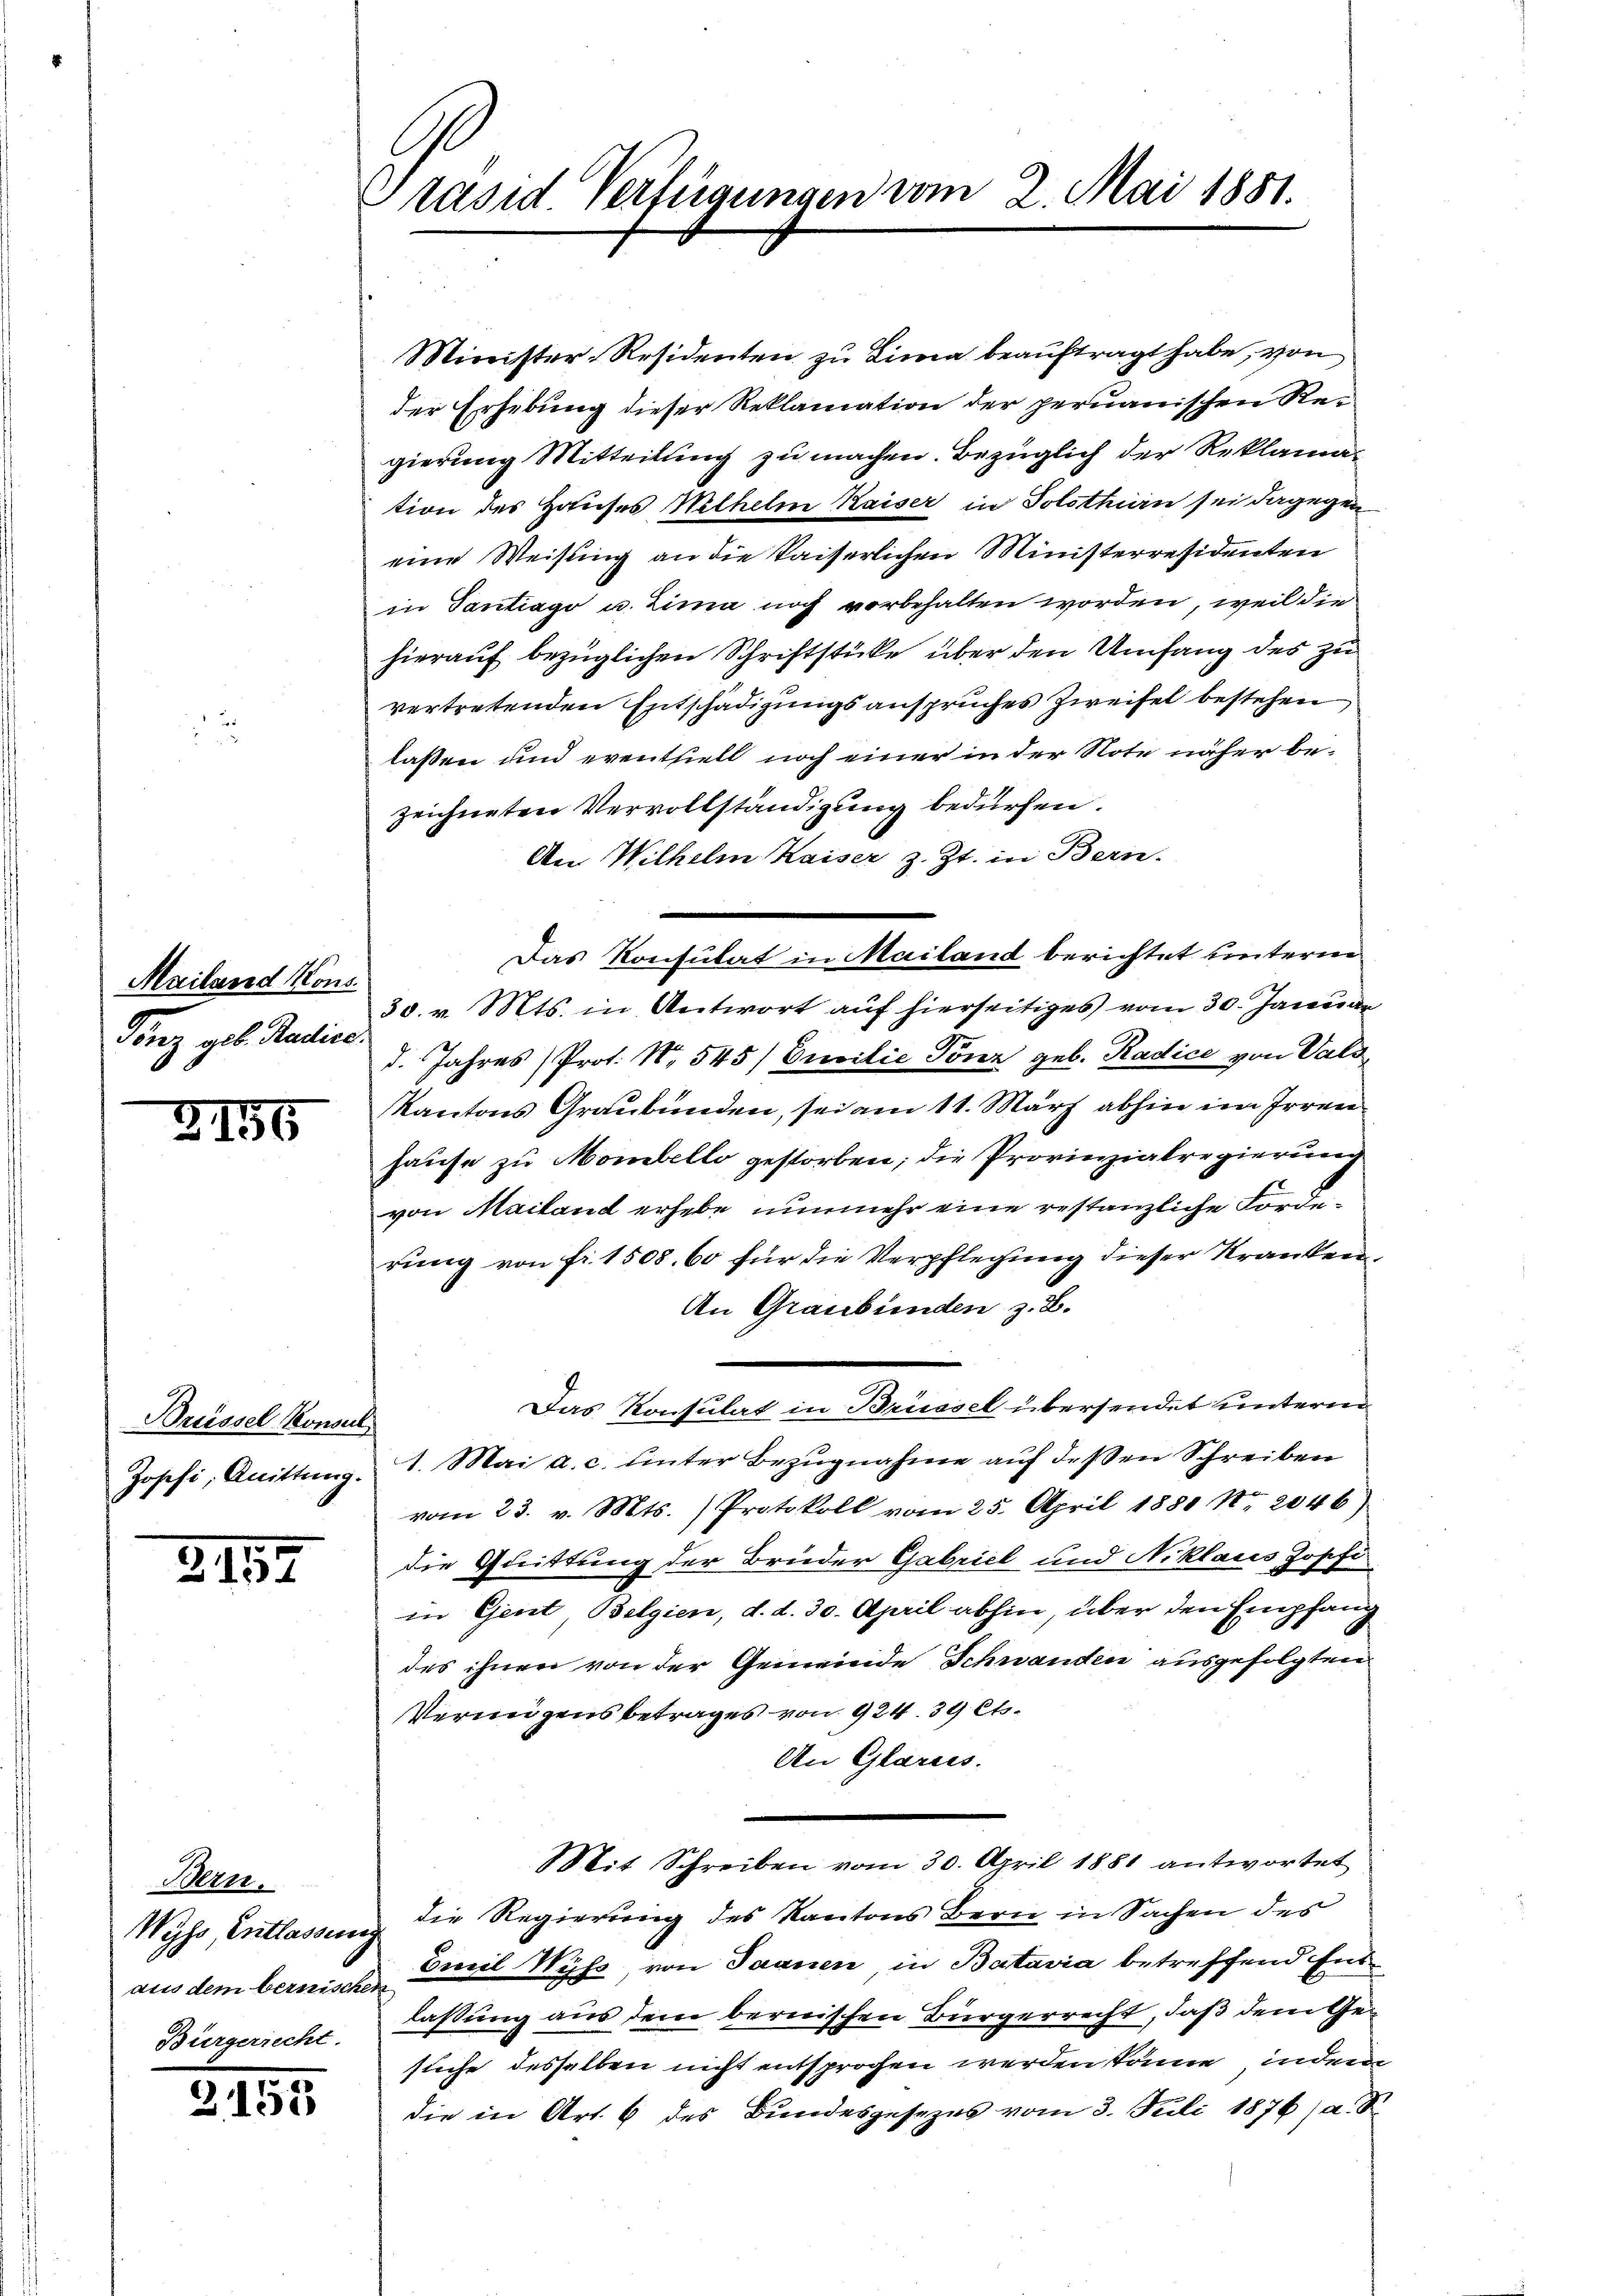
Mailand Kons.
Ganz geb. Radice.

2156

Brüssel Konsul
Joschi, Quittung.

2117

Bern.
Wyss, Entlassung
aus dem bernischen

3153

Präsid. Verfügungen vom 2. Mai 1881.

Minister-Residenten zu Lina beauftragt habe, von
der Erhebung dieser Reklamation der peruanischen Regierung Mitteilung zu machen. Bezüglich der Reklamation des Hauses Wilhelm Kaiser in Solothin sei dagegen
eine Weisung an die kaiserlichen Ministerresidenten
in Gantrago u. Zima noch vorbehalten worden, weil die
hierauf bezüglichen Schriftstücke über den Umfang des zu
vertretenden Entschädigungsanspruches Zweifel bestehen
lassen und eventziell noch einer in der Note näher bezeichneten Vervollständigung bedürfen.
An Wilhelm Kaiser z. Zt. in Bern.
Das Konsulat in Mailand berichtet unterm
30. v. Mts. in Antwort auf hierseitiges vom 30. Januar
d. Jahres Prot. N. 545/ Emilie Tönz geb. Radice von Vald
Kantons Graubünden, sei am 11. März abhin im Irren
hause zu Monibello gestorben; die Provinzialregierung
von Mailand erhebe nunmehr eine restanzliche Forde
rung von fr. 1508. 60 für die Verpflegung dieser Kranken
An Graubünden z. B.
Das Konsulat in Brüssel übersendet unterm
1. Mai a. c. unter Bezugnahme auf dessen Schreiben
vom 23. v. Mts. Protokoll vom 25. April 1881 Nr. 2046)
die Quittung der Brueder Gabriel und Niklaus Zopfi
in Gent Belgien, d. d. 30. April abhin, über den Empfang
des ihnen von der Gemeinde Schwanden ausgefolgten
Verungensbetrages von 924. 39 et¬
An Glarus.
Mit Schreiben vom 30. April 1881 antwortet
die Regierung des Kantons Bern in Sachen des
Emil Wyß, von Saanen, in Batavia betreffend Ent¬
Bürgerrecht lassung aus dem bernischen Bürgerrecht, daß dem Gesuche desselben nicht entsprochen werden könne, indem
die in Art. 6 des Bundesgesezes vom 3. Juli 1876, a.